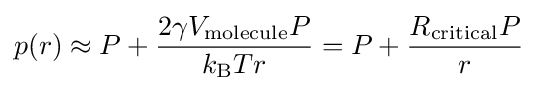
p(r)\approx P+{\frac {2\gamma V_{\rm {molecule}}P}{k_{\rm {B}}Tr}}=P+{\frac {R_{\rm {critical}}P}{r}}